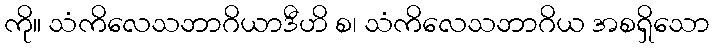
ကို။ သံကိလေသဘာဂိယာဒီဟိ စ၊ သံကိလေသဘာဂိယ အစရှိသော